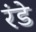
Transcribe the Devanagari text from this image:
रंडे